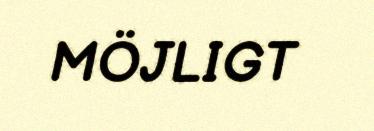
MÖJLIGT